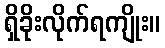
ရှိခိုးလိုက်ရကျိုး။